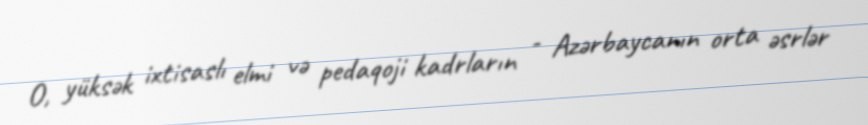
O, yüksək ixtisaslı elmi və pedaqoji kadrların - Azərbaycanın orta əsrlər